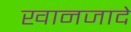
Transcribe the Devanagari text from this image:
खानजादे